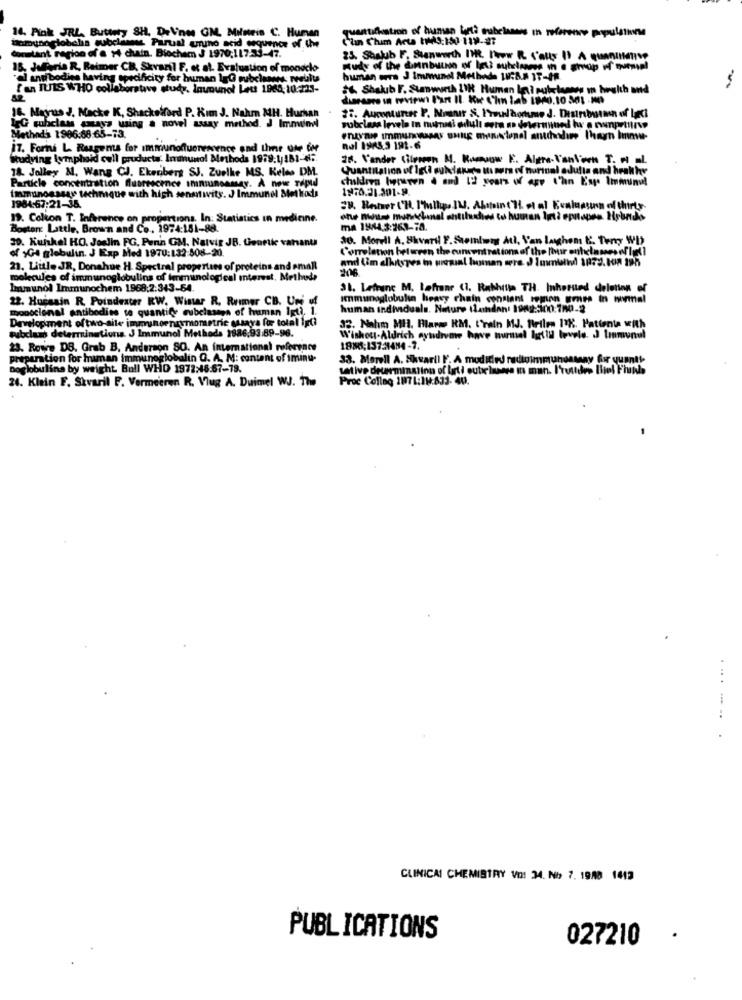
14. Pink JRL. Buttery SH. DeVinos GM. Milneis C. Human
wattifkstron of human barth subclasses in reference populatie
omunoglobelia subclasses Parual unino acid sequence of the
Cin Cham Acta 19:150 -119-27
retant region of a y chain. Biochem J 1970:117.33-47.
25. Shalub F. Stanworth IWR. Pow R ('aux I) A quanumve
15, Jafferis R, Reimer CB, Skvanil F. et al. Evaluation of monoclo
"al and bodies having specificity for human ly0 subclaws: reeblu
human mora J immunol Methods 18:8.8 17-48.
fan IUIS WHO collaborative study. Inununol Lett 1968,10-223-
6. Shalub F. Stanwurth LIK Human Igui pubclasses In health and
16. Magrus J. Macke K, Shackelford P. Kım J. Nahm MH. Hurhan
25. Aucontureer P. Noenit &, Proudhonuwe J. Distribution of Lanci
LgG subclass szava using a novel assay method. J Immun
subclass levels In numidi adult oera as determined hy a cumprirve
Method's 1996.88:65-73.
i7. Foris L. Reagents for immunofluorescence and Ihr ute Gy
nel 1945.3 191-6
Studying lymphoid cull products. Immunol Methods 1959:1/181-45.
26. Vender Citroen M. Romaow E. Algre- Vanl'oen T. = = L.
18. Jolley M. Wang CJ. Ekenbert SJ. Zuelke MS, Keles DM.
Quantitation of Igli oukiansto It wers of nurmal adulta and hrakhy
children herren 4 and 12 years of age than Enge Immund!
Particle concentration fluorescence iminsuncamey. A now rapid
1970.21.301-9.
immunoassay technique with high senmwits. J Immunel Methods
1984:67:21-35.
19. Colton T. Inference on propertions, In: Statistics in medicine.
Boston Little, Brown and Co. 1974:181-88.
ma 1944.3:363-78.
30. Kunkel HO. Joulin FG, Penn GM. Nalvir JB. Genetic vahanu
30. Merull A. Savard F. Steinberg Ati, V'an laghem E. Tery WD
of Ge globulin. J Exp Med 1970:132:808-20.
Correlation between the cuncent rat ton of the pour ontclasses of hell
and (im elhitypes i uiegal human were J Iumbind 1979.108 395
21. Little JR, Donahue H. Spectral properties of proteins and small
molecules of immunoglobulins of Immunological interest, Methode
Immunol Immunochem 1968:2:343-64.
31. Letrung M. Lefranc (1. Rakhithe TH. Inherund deleting ef
22. Hussain R. Poindexter RW, Winter R, Ruimer CB. Uni uf
Immunoglobulin heavy chain constant region ernes in normal
monoclonal antibodies te quantify cubelasaga of human Igt). 1.
human individuals. Nature (landon 1982:3300:180-2
Development oftwo-aile immunoenzymometric essava for total 1g(?
subclum determinations. J Immunol Methods 1886.93:89-96.
32. Nahm MH. Plare RM. frein MJ. Beilen 17K. Hattente with
Wishout-Aldrich ayndivawe have nurmal Iatti levele. J lımunul
23. Rowe DS. Grab B. Anderson SO. An international reference
18885;137:1484-7.
preparation for human immunoglobulin G. A. M: content of immnu-
33. Morell A. Shsarll F'. A modified radioimmunoassay for quant !.
Doglobulina by weight. Bull WHO 1972:48:67-78.
tative determination of borti oubelieve In man. I'ruttdes Biel Fiunle
24. Klein F. Skvaril F. Vermeeren R. Vlug A. Duimel WJ. The
Proc Collaq 1871:IN:833- 40.
..
CLINICAL CHEMISTRY VO: 34. No 7. 1988 1413
PUBLICATIONS
027210
.